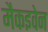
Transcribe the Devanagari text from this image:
मैकइवेन